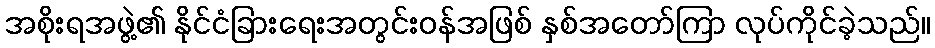
အစိုးရအဖွဲ့၏ နိုင်ငံခြားရေးအတွင်းဝန်အဖြစ် နှစ်အတော်ကြာ လုပ်ကိုင်ခဲ့သည်။